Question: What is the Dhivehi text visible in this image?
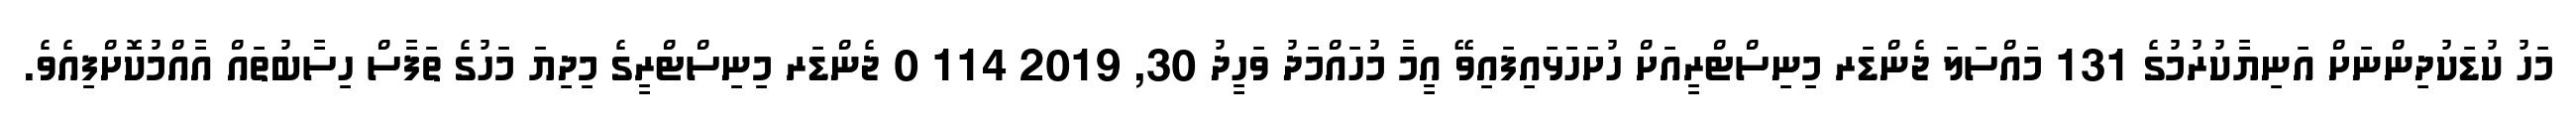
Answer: މަހު ކުޑަކުދިންނަށް އަނިޔާކުރުމުގެ 131 މައްސަލަ ޖެންޑަރ މިނިސްޓްރީއަށް ހުށަހަޅައިފައިވޭ އީމާ މުހައްމަދު ވަހީދު 30, 2019 114 0 ޖެންޑަރ މިނިސްޓްރީގެ މިދިޔަ މަހުގެ ތަފާސް ހިސާބުތައް އާއްމުކޮށްފިއެވެ.